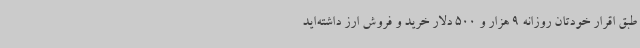
طبق اقرار خودتان روزانه 9 هزار و 500 دلار خرید و فروش ارز داشته‌اید